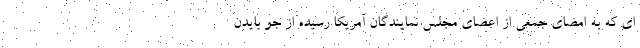
ای که به امضای جمعی از اعضای مجلس نمایندگان آمریکا رسیده از جو بایدن